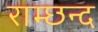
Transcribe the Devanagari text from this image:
राम्छन्द